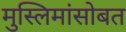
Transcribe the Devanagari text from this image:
मुस्लिमांसोबत